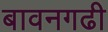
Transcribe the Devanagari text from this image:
बावनगढी